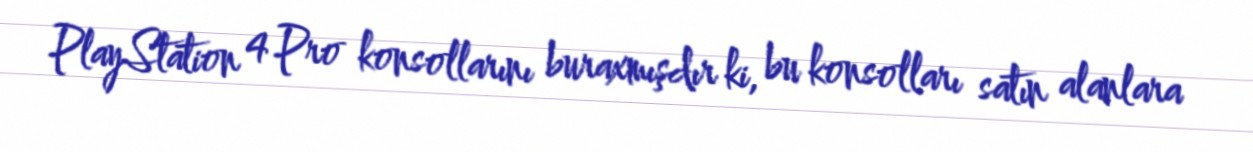
PlayStation 4 Pro konsollarını buraxmışdır ki, bu konsolları satın alanlara